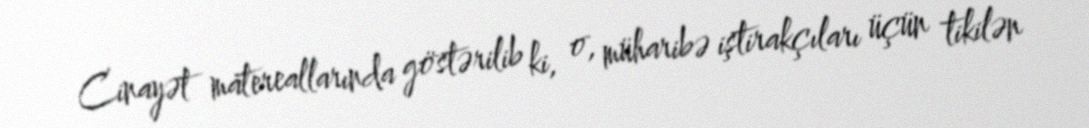
Cinayət matereallarında göstərilib ki, o, müharibə iştirakçıları üçün tikilən